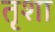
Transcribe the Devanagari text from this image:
तृशा